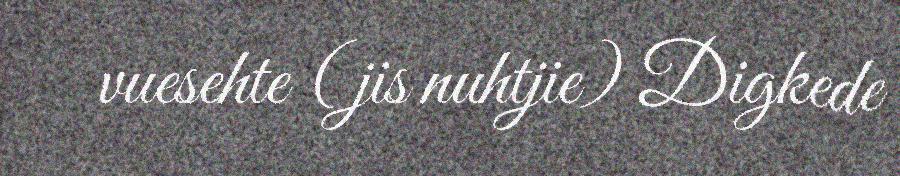
vuesehte (jis nuhtjie) Digkede